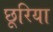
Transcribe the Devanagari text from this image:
छूरिया